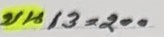
บน 13 = 200